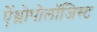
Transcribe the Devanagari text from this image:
ऐंथ्रोपोलॉजिस्ट